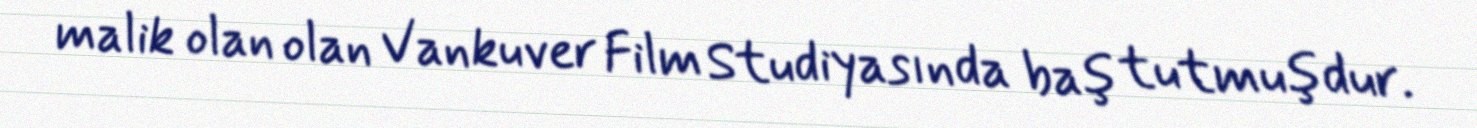
malik olan olan Vankuver Film Studiyasında baş tutmuşdur.